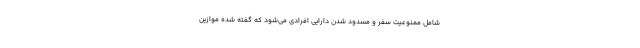
شامل ممنوعیت سفر و مسدود شدن دارایی افرادی می‌شود که گفته شده موازین